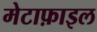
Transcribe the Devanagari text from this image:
मेटाफ़ाइल